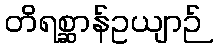
တိရစ္ဆာန်ဥယျာဉ်